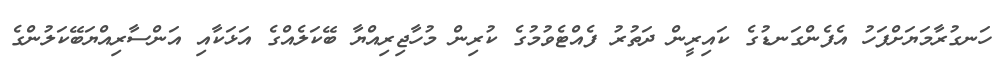
ހަނގުރާމަޔަށްފަހު އެފެންގަނޑުގެ ކައިރީން ދަތުރު ފެއްޓެވުމުގެ ކުރިން މުހާޖިރިއްޔާ ބޭކަލެއްގެ އަޅަކާއި އަންސާރިއްޔަބޭކަލުންގެ